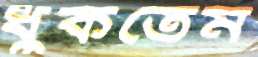
ধুঁকতেম